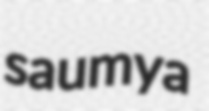
saumya